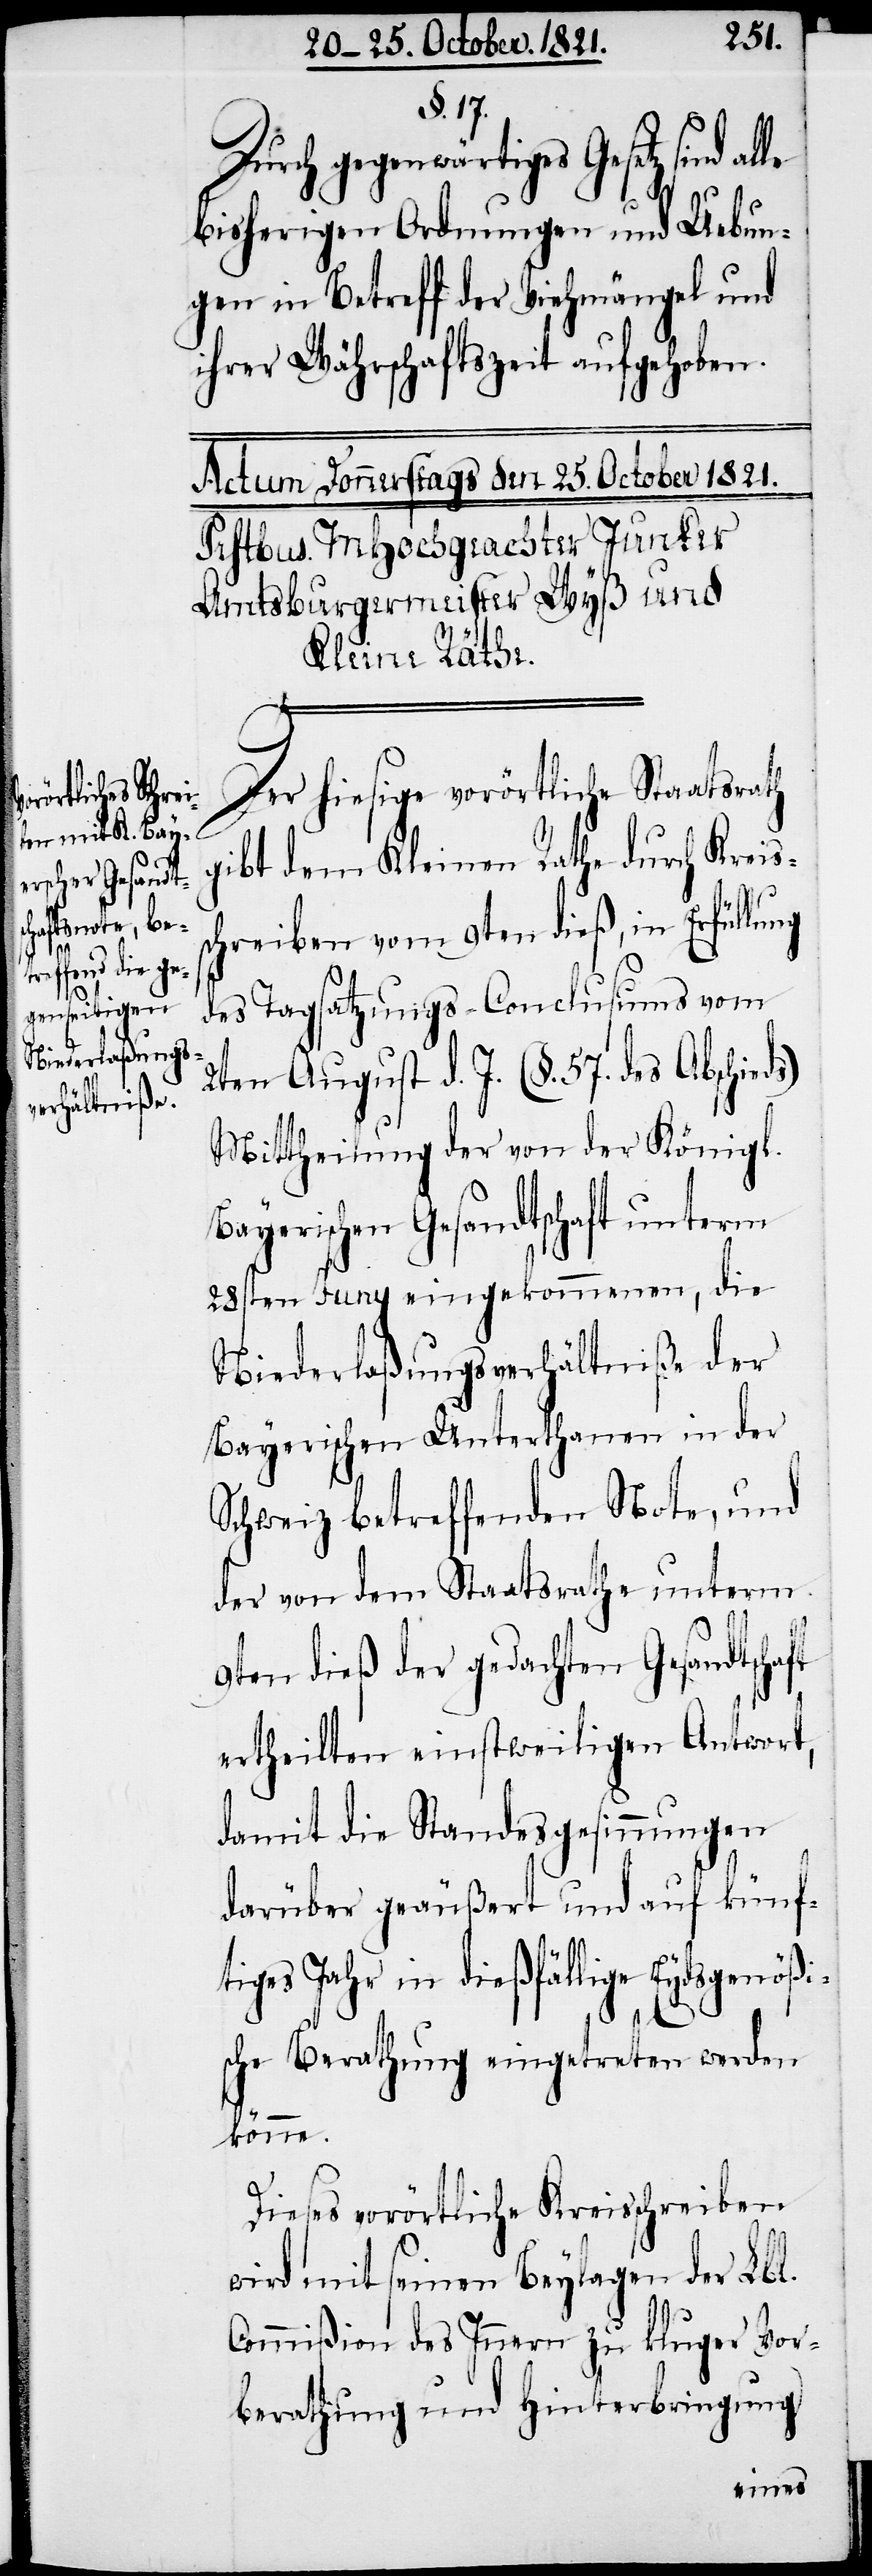
Durch gegenwärtiges Gesetz sind
bisherigen Ordnungen und Uebun¬
gen in Betreff der Viehmängel und
ihrer Währschaftszeit aufgehoben.
Der hiesige vorörtliche Staatsrath
gibt dem Kleinen Rathe durch Kreiss¬
chreiben vom 9ten dieß, in Erfüllung
des Tagsatzungs-Conclusums vom
2ten August d. J. (§. 57. des Abschieds)
Mittheilung der von der Königl.
Bayerischen Gesandtschaft unterm
28sten Juny eingekommenen, die
Niederlaßungsverhältniße der
Bayerischen Unterthanen in der
Schweiz betreffenden Note, und
der von dem Staatsrathe unterm
9ten dieß der gedachten Gesandtschaft
ertheilten einstweiligen Antwort,
damit die Standesgesinnungen
darüber geäußert und auf künf¬
tiges Jahr in dießfällige Eydsgenößi¬
sche Berathung eingetreten werden
könne.
Dieses vorörtliche Kreisschreiben
wird mit seinen Beylagen der Lbl.
Commißion des Innern zu kluger Vor¬
berathung und Hinterbringung